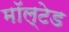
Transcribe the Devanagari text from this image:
मॉल्टेड